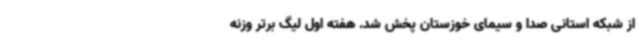
از شبکه استانی صدا و سیمای خوزستان پخش شد. هفته اول لیگ برتر وزنه